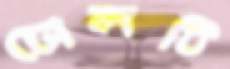
ঢোলটি